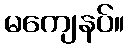
မကျေနပ်။